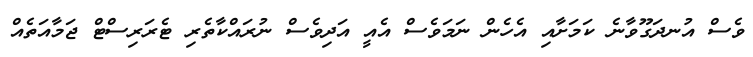
ވެސް އުނދަގޫވާނެ ކަމަށާއި އެހެން ނަމަވެސް އެއީ އަދިވެސް ނުރައްކާތެރި ޓެރަރިސްޓް ޖަމާއަތެއް